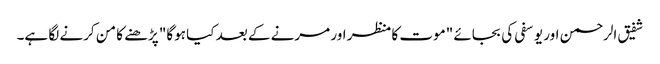
شفیق الرحمن اور یوسفی کی بجائے "موت کا منظر اور مرنے کے بعد کیا ہوگا" پڑھنے کا من کرنے لگا ہے۔